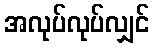
အလုပ်လုပ်လျှင်